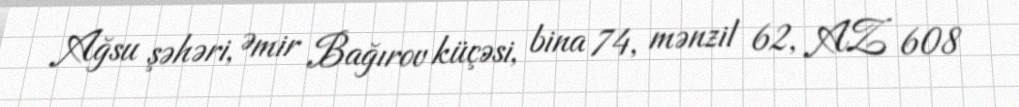
Ağsu şəhəri, Əmir Bağırov küçəsi, bina 74, mənzil 62, AZ 608